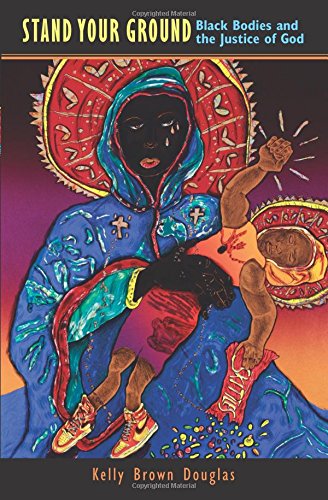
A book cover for Stand Your Ground: Black Bodies and the Justice of God; Kelly Brown Douglas; Christian Books & Bibles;